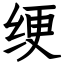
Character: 绠